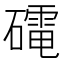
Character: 𮁋